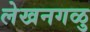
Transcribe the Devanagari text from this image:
लेखनगळु